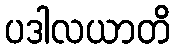
ပဒါလယာတိ